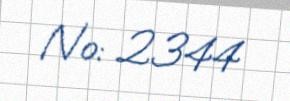
№: 2344